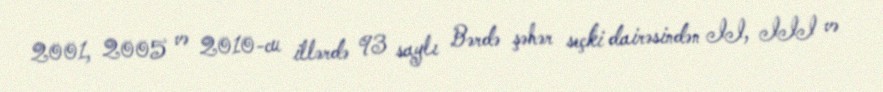
2001, 2005 və 2010-cu illərdə 93 saylı Bərdə şəhər seçki dairəsindən II, III və